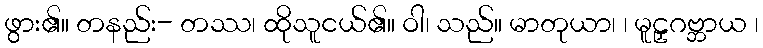
ဖွား၏။ တနည်း- တဿ၊ ထိုသူငယ်၏။ ဝါ၊ သည်။ မာတုယာ၊ ၊ မူဠှဂဗ္ဘာယ ၊